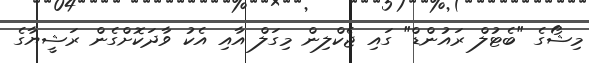
މިޝޯގެ "ބެޓުލް ރައުންޑް" ގައި ޖެކްލިން މިގަލް އާއި އެކު ވާދަކޮށްގެން ރަޝީޔާގެ